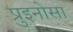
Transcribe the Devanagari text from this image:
प्रुइनोसा